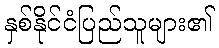
နှစ်နိုင်ငံပြည်သူများ၏